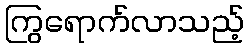
ကြွရောက်လာသည့်